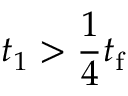
t _ { 1 } > \frac { 1 } { 4 } t _ { \mathrm { f } }